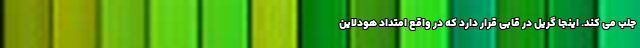
جلب می کند. اینجا گریل در قابی قرار دارد که در واقع امتداد هودلاین